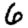
Digit: 6